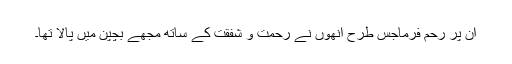
ان پر رحم فرماجس طرح انھوں نے رحمت و شفقت کے ساتھ مجھے بچپن میں پالا تھا۔